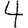
Digit: 4